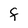
Character: F